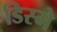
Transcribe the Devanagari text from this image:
डिस्मे